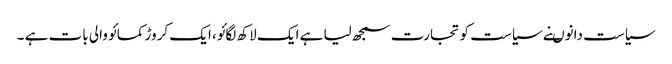
سیاست دانوںنے سیاست کو تجارت سمجھ لیا ہے ایک لاکھ لگائو، ایک کروڑ کمائو والی بات ہے ۔